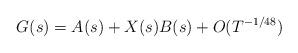
LaTeX: \begin{align*} G(s)=A(s)+X(s)B(s)+O(T^{-1/48}) \end{align*}